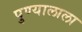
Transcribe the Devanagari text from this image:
पुण्यालाला